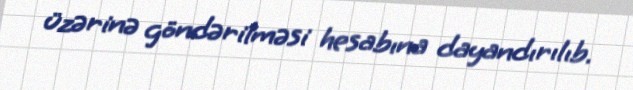
üzərinə göndərilməsi hesabına dayandırılıb.